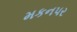
મકનપર